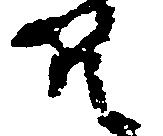
そ